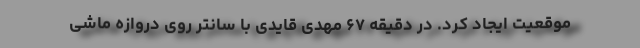
موقعیت ایجاد کرد. در دقیقه ۶۷ مهدی قایدی با سانتر روی دروازه ماشی